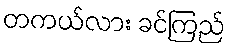
တကယ်လား ခင်ကြည်